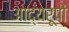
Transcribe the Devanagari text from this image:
आद्यरूपों